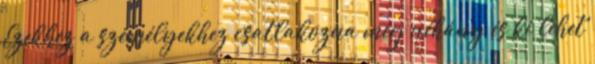
Ezekhez a személyekhez csatlakozna még néhány és ki lehet